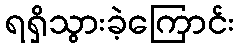
ရရှိသွားခဲ့ကြောင်း